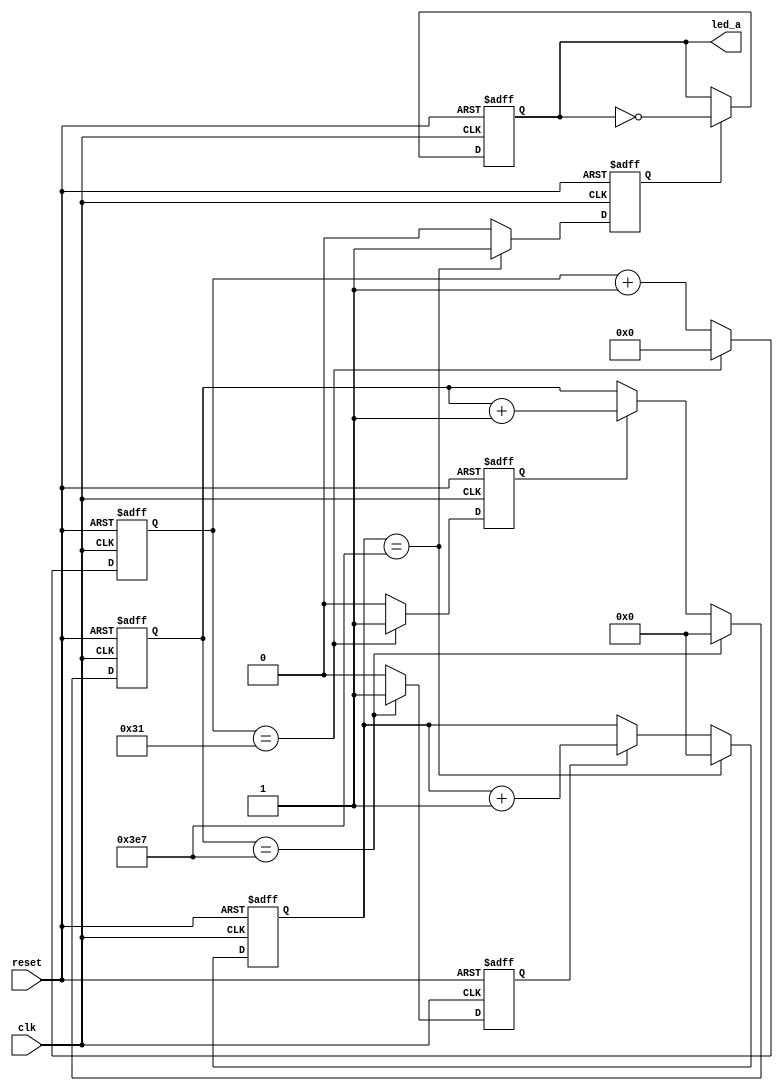
// 1second_test 
`timescale 1 ns / 1 ns

module led_1second(
             clk,
             reset,
             led_a
             );
input  clk;
input  reset;
output led_a;   

reg reg_led_a;


reg reg_1s_flag;
reg reg_ms_flag;
reg reg_us_flag;
//reg reg_1m_flag;
//reg [5:0] reg_s_count;
reg [9:0] reg_ms_count;
reg [9:0] reg_us_count;
reg [5:0] reg_clk_count;

//begin 1

//clk50 50MHZ20ns1000ms = 1
always @(posedge clk or negedge reset)
begin
  if (~reset)
     reg_clk_count <= 6'b00000;
  else  if( reg_clk_count == 49) reg_clk_count <= 6'b00000;
  else  reg_clk_count <= reg_clk_count + 1;
end

//1us reg_us_flag
always @(posedge clk or negedge reset)
begin
  if (~reset)
     reg_us_flag <= 0;
  else  if( reg_clk_count == 49) reg_us_flag <= 1;
  else  reg_us_flag <= 0;
end
//us 1000us 1
always @(posedge clk or negedge reset)
begin
  if (~reset)
     reg_us_count <= 0;
  else  if( reg_us_count == 999) reg_us_count <= 10'h000;
  else  if( reg_us_flag) reg_us_count <= reg_us_count + 1;
end

//1ms reg_ms_flag
always @(posedge clk or negedge reset)
begin
  if (~reset)
     reg_ms_flag <= 0;
  else  if( reg_us_count == 999) reg_ms_flag <= 1;
  else  reg_ms_flag <= 0;
end
//ms 1000ms 1
always @(posedge clk or negedge reset)
begin
  if (~reset)
     reg_ms_count <= 0;
  else  if( reg_ms_count == 999) reg_ms_count <= 10'h000;
  else  if( reg_ms_flag) reg_ms_count <= reg_ms_count + 1;
end

//1s reg_1s_flag
always @(posedge clk or negedge reset)
begin
  if (~reset)
     reg_1s_flag <= 0;
  else  if( reg_ms_count == 999) reg_1s_flag <= 1;
  else  reg_1s_flag <= 0;
end


always @(posedge clk or negedge reset)
begin
  if (~reset)
     reg_led_a <= 0;
  else  if( reg_1s_flag == 1) reg_led_a <= ~reg_led_a;
  else  reg_led_a <= reg_led_a;
end

assign led_a = reg_led_a ;


endmodule